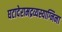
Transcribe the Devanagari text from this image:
घटादेरामद्रव्यस्याग्निना